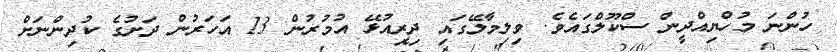
ހުންނަ މުހްޔިއްދީން ސްކޫލްގައެވެ. ވިލިމާލޭގައި ދިރިއުޅޭ އުމުރުން 13 އަހަރުން ދަށުގެ ކުދިންނަށް